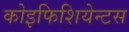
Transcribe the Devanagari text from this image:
कोइफिशियेन्‍टस